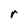
Character: r